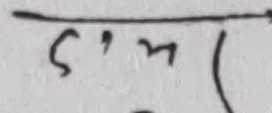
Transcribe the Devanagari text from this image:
५'म(